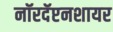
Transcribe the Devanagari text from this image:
नॉरदॅप्टनशायर